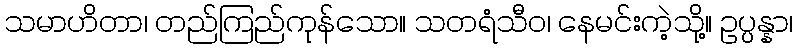
သမာဟိတာ၊ တည်ကြည်ကုန်သော။ သတရံသီဝ၊ နေမင်းကဲ့သို့။ ဥပ္ပန္နာ၊